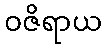
ဝဇိရာယ